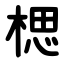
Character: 楒